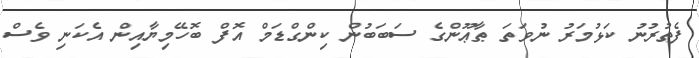
ފެތުރުނު ކަޅުމަރު ނުވަތަ ޠާޢޫންގެ ސަބަބުން ކިންގްޑަމް އޮފް ބޮހޭމިޔާއިން އެކަނި ވެސް